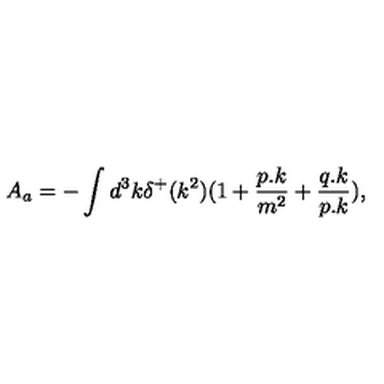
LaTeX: A _ { a } = - \int d ^ { 3 } k \delta ^ { + } ( k ^ { 2 } ) ( 1 + { \frac { p . k } { m ^ { 2 } } } + { \frac { q . k } { p . k } } ) ,